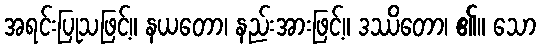
အရင်းပြုသဖြင့်။ နယတော၊ နည်းအားဖြင့်။ ဒဿိတော၊ ၏။ သော